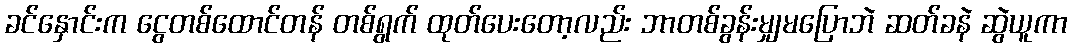
ခင်နှောင်းက ငွေတစ်ထောင်တန် တစ်ရွက် ထုတ်ပေးတော့လည်း ဘာတစ်ခွန်းမျှမပြောဘဲ ဆတ်ခနဲ ဆွဲယူကာ